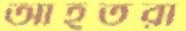
আহতরা